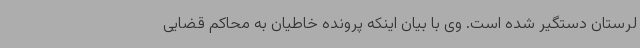
لرستان دستگیر شده است. وی با بیان اینکه پرونده خاطیان به محاکم قضایی